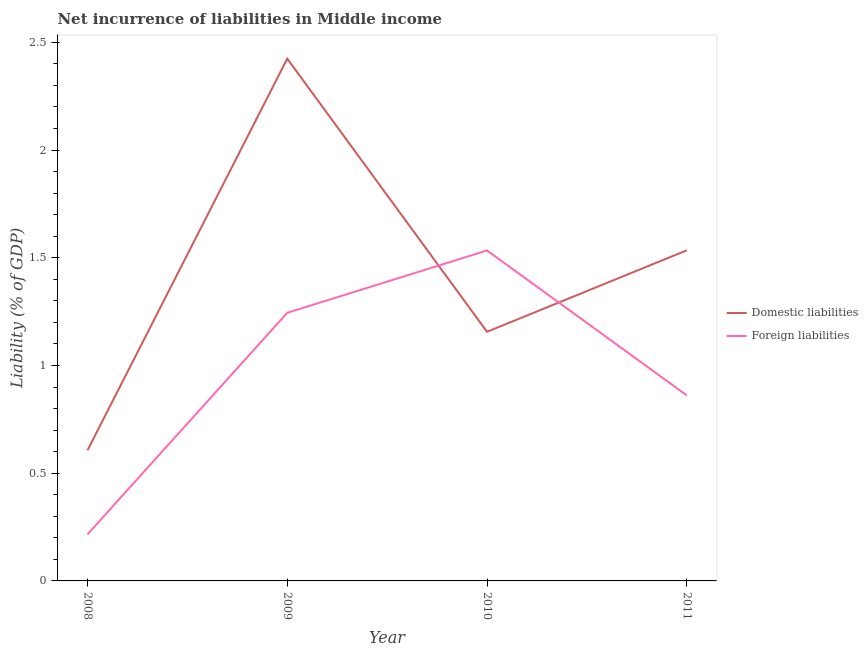
| Year | Domestic liabilities | Foreign liabilities |
 | --- | --- | --- |
 | 2008 | 0.607 | 0.216 |
 | 2009 | 2.42 | 1.24 |
 | 2010 | 1.16 | 1.53 |
 | 2011 | 1.53 | 0.861 |